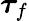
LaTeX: \boldsymbol{\tau}_{f}